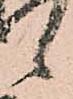
候